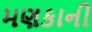
મણકાની